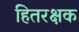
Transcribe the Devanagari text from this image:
हितरक्षक